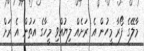
މާލޭގެ ފޯރާ މީހުން އެ ރަށެއް ލިޔުއްވި މީހާގެ އަތުން އެ ރަށް